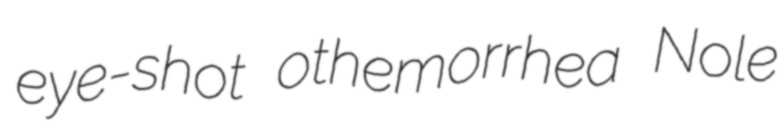
eye-shot othemorrhea Nole